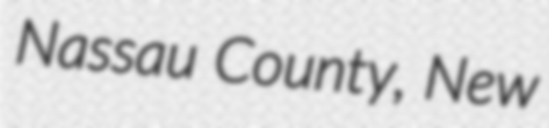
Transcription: Nassau County, New